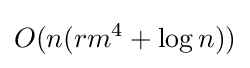
O(n(rm^{4}+\log {n}))